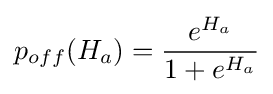
p_{off}(H_{a})={\frac {e^{H_{a}}}{1+e^{H_{a}}}}